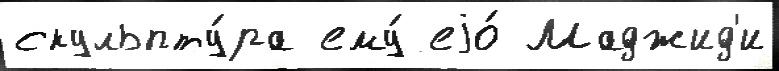
скульпту́ра ему́ еjо́ Маджид'и